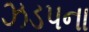
ઝડપના